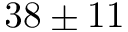
3 8 \pm 1 1